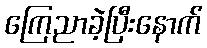
ကြေညာခဲ့ပြီးနောက်